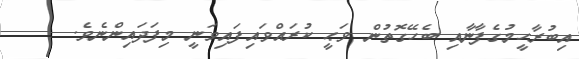
އިބުރާހީމުގެފާނާއި ބެހޭގޮތުން ވަޙީ ކުރައްވައިފައިވަނީ މިފަދައިންނެވެ.